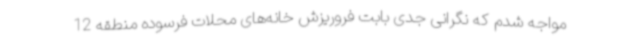
مواجه شدم که نگرانی جدی بابت فروریزش خانه‌های محلات فرسوده منطقه 12